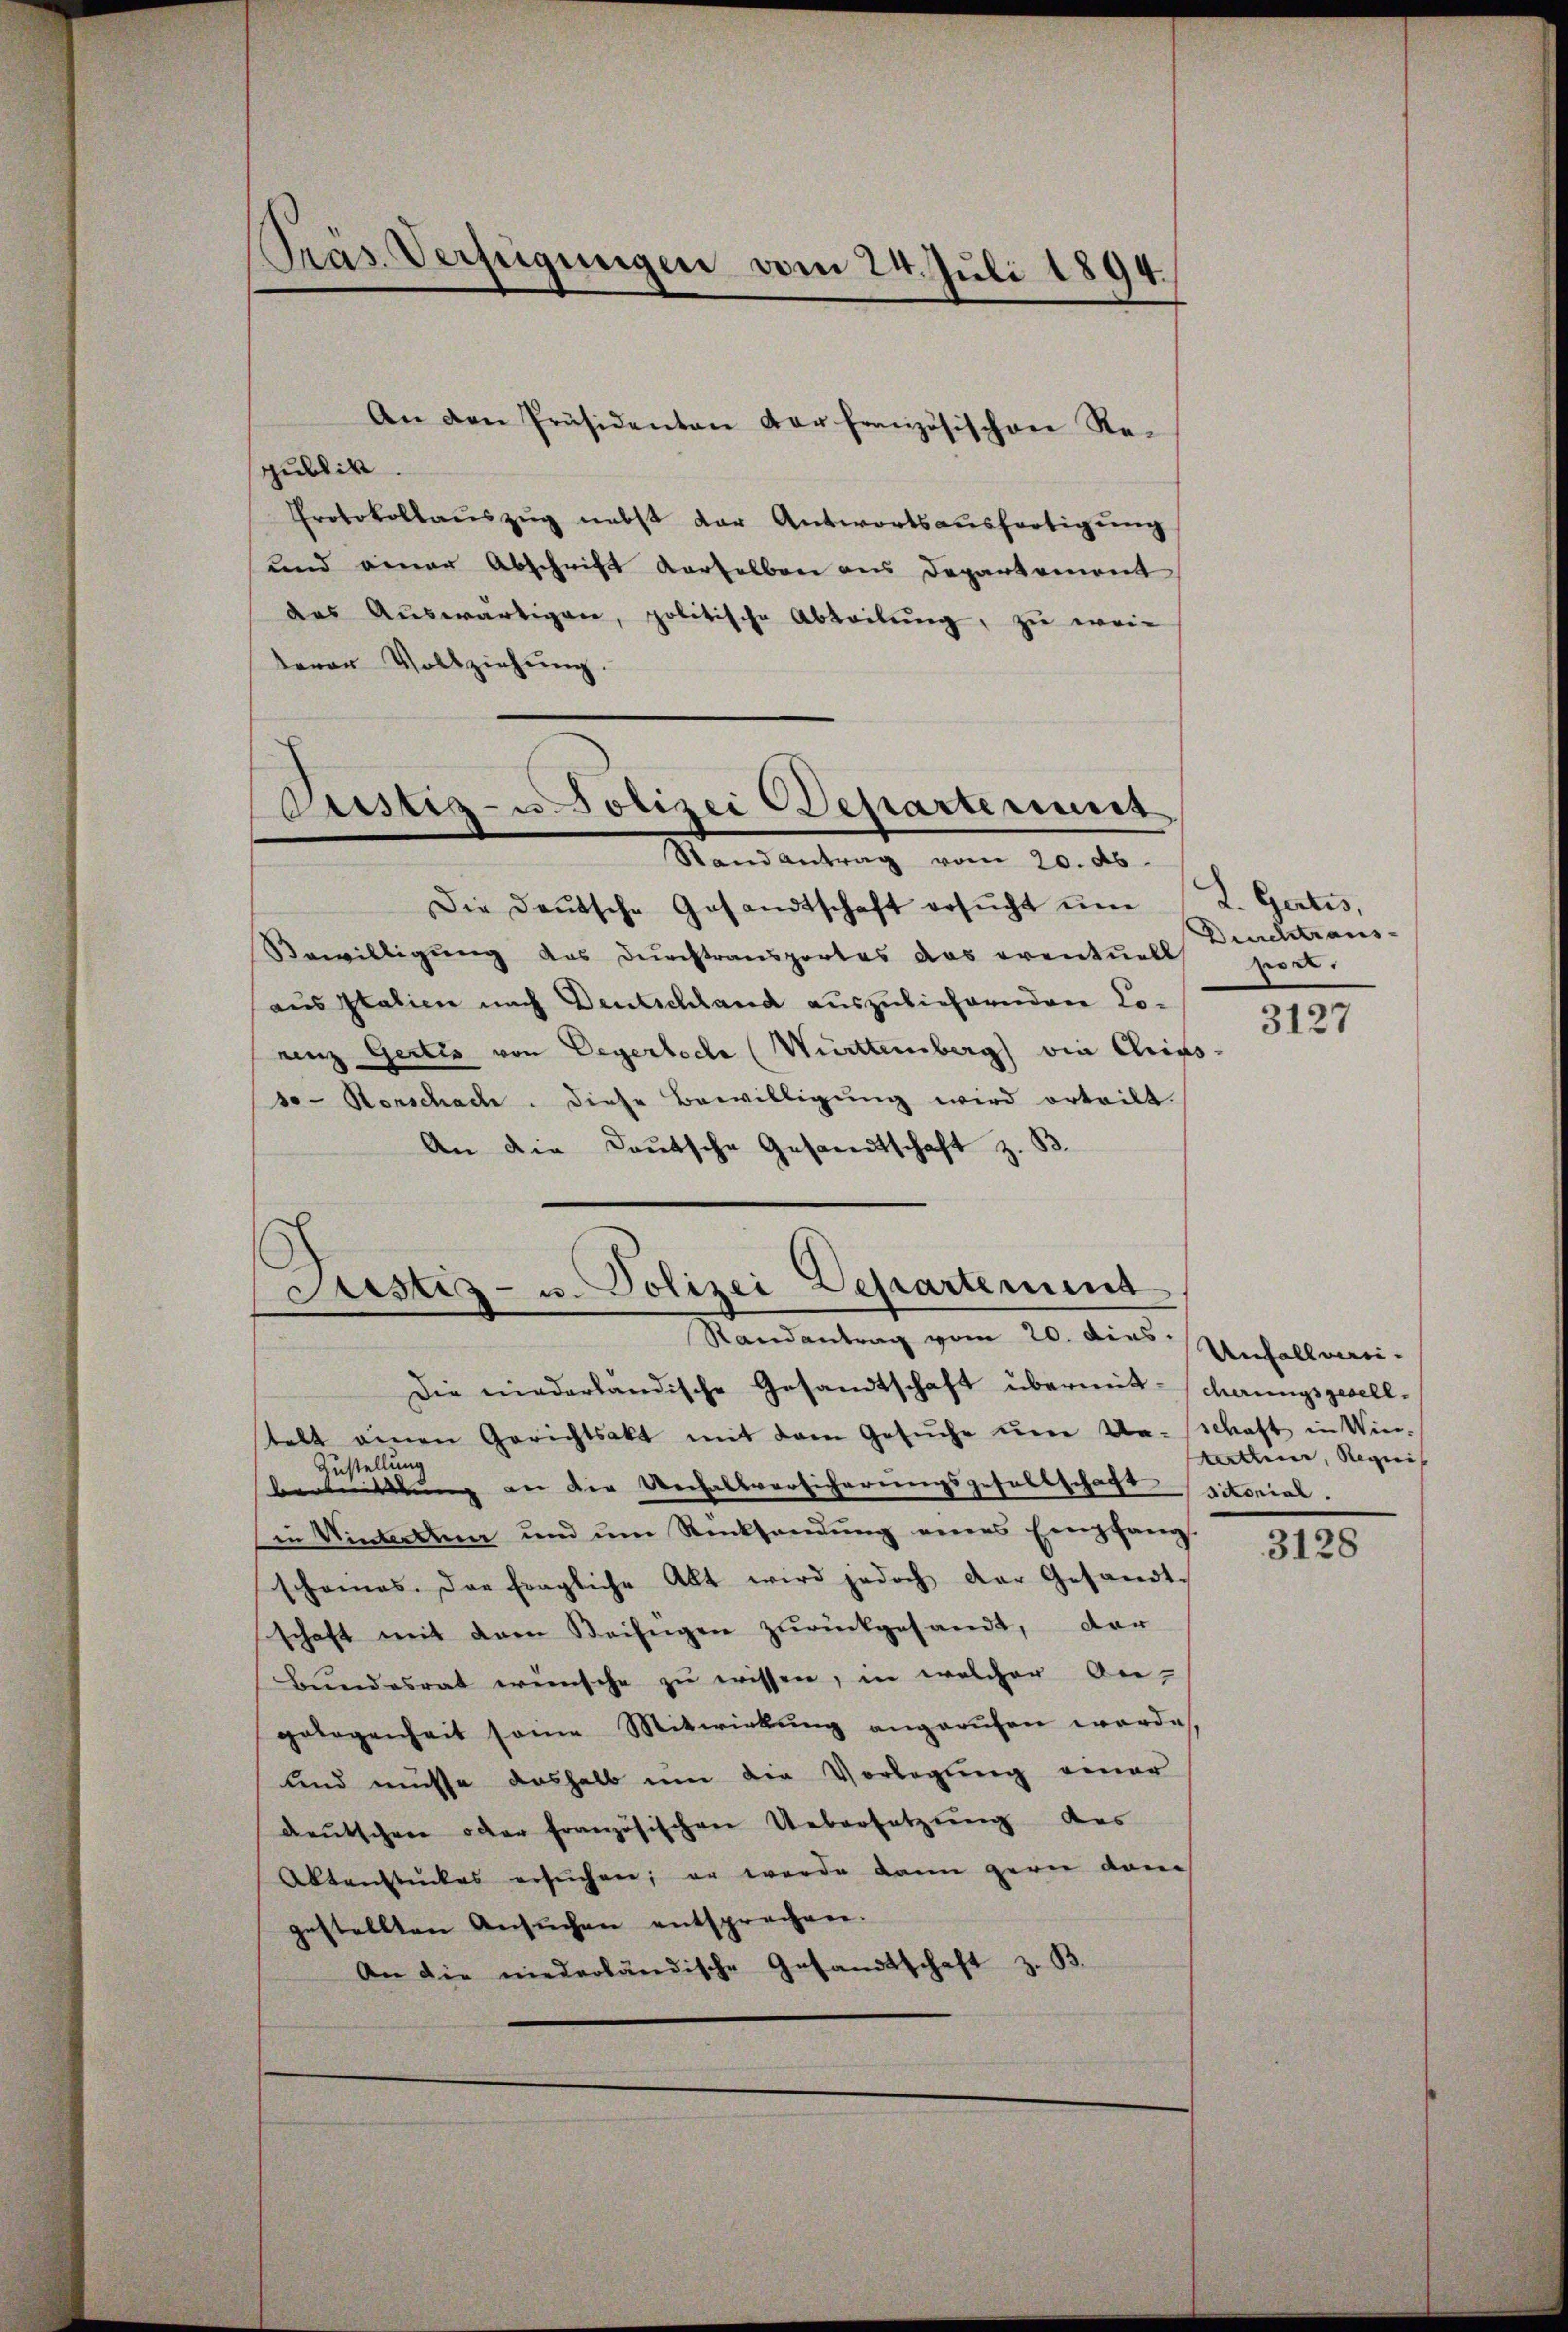
Präs. Verfügungen vom 24. Juli 1894.

An den Präsidenten vor französischen Re-
publik.
Protokollauszug nebst der Antwortsausfertigung
und einer Abschrift derselben aus Departemont
das Auswärtigen, politische Abteilŭng, zu weiterer Vollziehung.
Justiz- u Polizei Departement
Randantrag vom 20. ds.
Die deŭtsche Gesandtschaft ersŭcht ŭm L. Gartes,
Bewilligung des Durchtransportes das eventuell zeit.
aus Italien nach Deutschland auszuliefernden Louinz Gertis von Degertode (Württemberg die Chriss
so- Horschade. diese Bewilligŭng wird erteilt.
An die Deutsche Gesandtschaft z. B.

Justiz- u. Polizei Departement
Randantrag vom 20. dies Unfallman-

Die niederländische Gesandtschaft übermit Scherungsgesell-
telt einen Gerichtsakt mit dem Gesŭche ŭm Ue-Schaft in Win-
Zustellung
berbittlung an der Verhaltversicherungsgefallschaftsitorial.
in Winterthur und um Rücksendung eines Empfang.
scheines. Das fragliche Akt wird jedoch der Gesandt-
schaft mit dem Beifügen zurückgesandt, der
Bundesrat wünsche zu wissen, in welcher An-
gelegenheit seine Mitwirkŭng angerufen werde
und müsse deshalb um die Vorlegung einer
deutschene oder französischen Uebersetzung des
Aktenstückes ersŭchen; er werde dann gern vom
gestellten Ansŭchen entsprechen.
An die niederländische Gesandtschaft z. B.

Durchtraus-

3127

Kertheier, Regreis |

3128